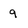
Character: 9